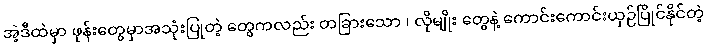
အဲ့ဒီထဲမှာ ဖုန်းတွေမှာအသုံးပြုတဲ့ တွေကလည်း တခြားသော ၊ လိုမျိုး တွေနဲ့ ကောင်းကောင်းယှဉ်ပြိုင်နိုင်တဲ့